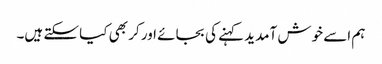
ہم اسے خوش آمدید کہنے کی بجائے اور کر بھی کیا سکتے ہیں۔